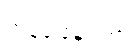
တုန်ခါနေသည်